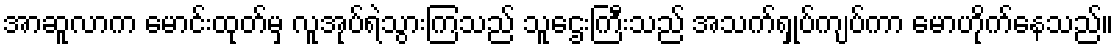
အာဆူလာက မောင်းထုတ်မှ လူအုပ်ရဲသွားကြသည် သူဌေးကြီးသည် အသက်ရှုပ်ကျပ်ကာ မောဟိုက်နေသည်။